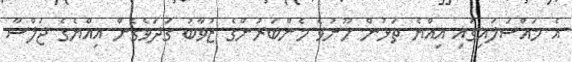
އެ މައްސަލައިގައި އިއްޔެ ތަޅުން ހޫނުވެ މެންބަރުންގެ ޒުވާބު ގަދަވެގެން އިއްޔެގެ ޖަލްސާ